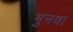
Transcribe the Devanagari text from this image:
भुनवा